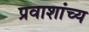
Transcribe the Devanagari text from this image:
प्रवाशांच्य